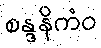
စန္ဒနိကံဝ